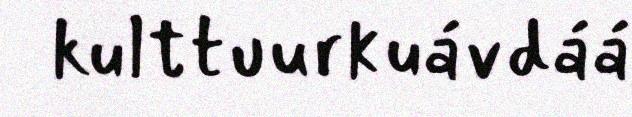
kulttuurkuávdáá